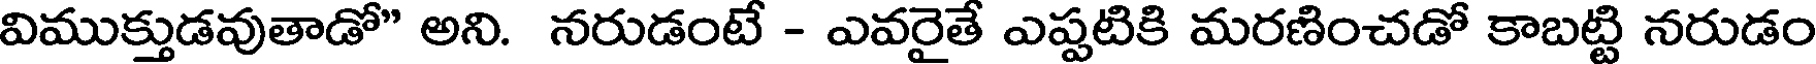
విముక్తుడవుతాడో" అని. నరుడంటే - ఎవరైతే ఎప్పటికి మరణించడో కాబట్టి నరుడం